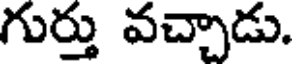
గుర్తు వచ్చాడు.